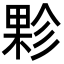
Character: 𭪻